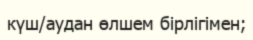
күш/аудан өлшем бірлігімен;